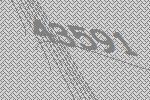
43591